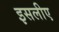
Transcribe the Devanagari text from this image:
इसलीए